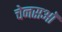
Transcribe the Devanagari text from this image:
चेनसऑ